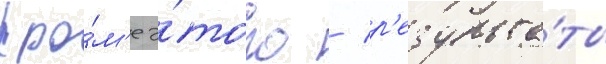
Кро́м'е э́того / р'езульта́ты